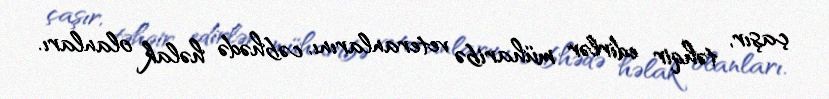
çaşır, təhqir edirlər müharibə veteranlarını, cəbhədə həlak olanları.